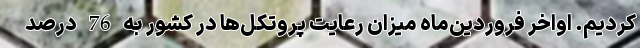
کردیم. اواخر فروردین‌ماه میزان رعایت پروتکل‌ها در کشور به 76 درصد